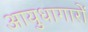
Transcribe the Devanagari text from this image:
आयुधागारों